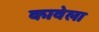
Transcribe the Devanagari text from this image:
कावेला